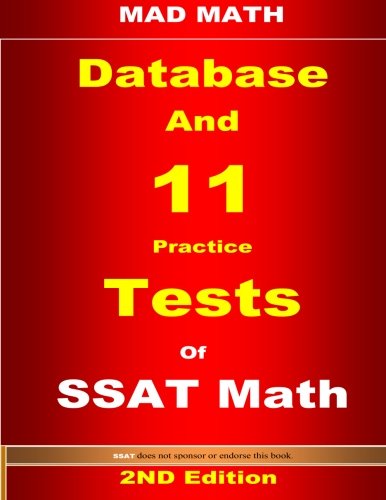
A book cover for SSAT Database and 11 Tests (Mad Math); John Su; Test Preparation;